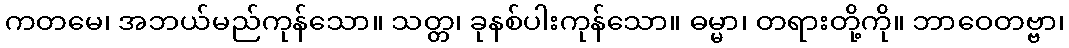
ကတမေ၊ အဘယ်မည်ကုန်သော။ သတ္တ၊ ခုနစ်ပါးကုန်သော။ ဓမ္မာ၊ တရားတို့ကို။ ဘာဝေတဗ္ဗာ၊